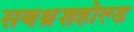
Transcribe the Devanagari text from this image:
सबथ्रेशहोल्ड